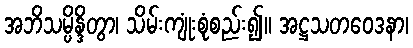
အဘိသမ္ပိန္ဒိတွာ၊ သိမ်းကျုံးစုံစည်း၍။ အဋ္ဌသတဝေဒနာ၊